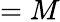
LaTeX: =M